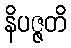
နိပဇ္ဇတိ